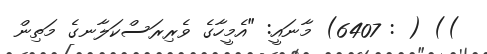
)) ( : 6407) މާނައީ: "އެމީހާގެ ވެރިރަސްކަލާނގެ މަތިން